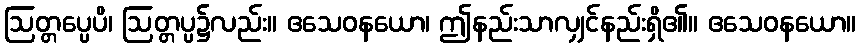
ဩတ္တပ္ပေပိ၊ ဩတ္တပ္ပ၌လည်း။ ဧသေဝနယော၊ ဤနည်းသာလျှင်နည်းရှိ၏။ ဧသေဝနယော။